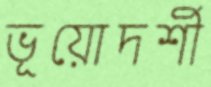
ভূয়োদর্শী